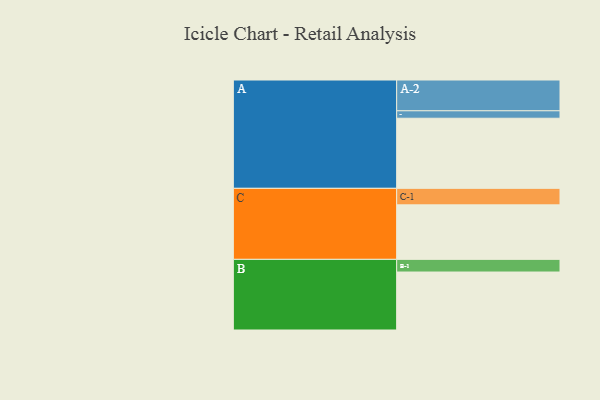
{"axis": {"x": "Segment", "y": "Value"}, "legend": ["", "A", "B", "C"], "data": [{"x": "A", "y": 526, "type": ""}, {"x": "B", "y": 435, "type": ""}, {"x": "C", "y": 409, "type": ""}, {"x": "A-1", "y": 56, "type": "A"}, {"x": "A-2", "y": 231, "type": "A"}, {"x": "B-1", "y": 95, "type": "B"}, {"x": "C-1", "y": 124, "type": "C"}]}